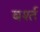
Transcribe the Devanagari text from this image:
बर्श्त